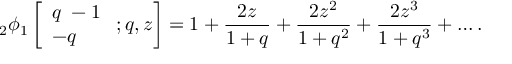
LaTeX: d _ { 1 } ^ { 2 } d _ { 3 } ^ { 2 } + d _ { 2 } ^ { 2 } d _ { 4 } ^ { 2 } = 2 ( R ^ { 4 } + L ^ { 4 } ) ,